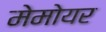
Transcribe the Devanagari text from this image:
मेमोयर